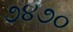
૭૪૭૦